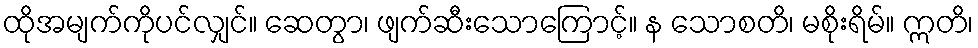
ထိုအမျက်ကိုပင်လျှင်။ ဆေတွာ၊ ဖျက်ဆီးသောကြောင့်။ န သောစတိ၊ မစိုးရိမ်။ ဣတိ၊